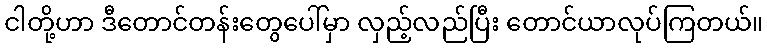
ငါတို့ဟာ ဒီတောင်တန်းတွေပေါ်မှာ လှည့်လည်ပြီး တောင်ယာလုပ်ကြတယ်။